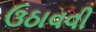
ઉઠાવવી